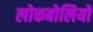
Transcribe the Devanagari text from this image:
लोकबोलियों